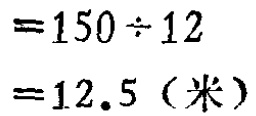
\[

\begin{align*}

&=150\div12\\

& = 12.5（米）

\end{align*}

\]